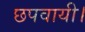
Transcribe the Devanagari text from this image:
छपवायी।